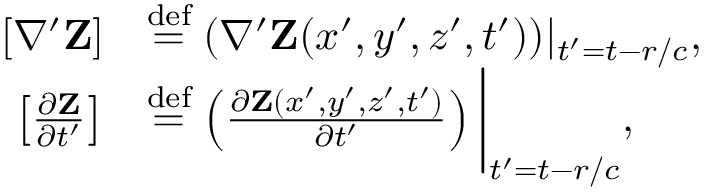
\begin{array} { r l } { [ \nabla ^ { \prime } { \mathbf Z } ] } & { \stackrel { \operatorname { d e f } } { = } ( \nabla ^ { \prime } { \mathbf Z } ( x ^ { \prime } , y ^ { \prime } , z ^ { \prime } , t ^ { \prime } ) ) | _ { t ^ { \prime } = t - r / c } , } \\ { \left[ \frac { \partial { \mathbf Z } } { \partial t ^ { \prime } } \right] } & { \stackrel { \operatorname { d e f } } { = } \left( \frac { \partial { \mathbf Z } ( x ^ { \prime } , y ^ { \prime } , z ^ { \prime } , t ^ { \prime } ) } { \partial t ^ { \prime } } \right) \bigg \rvert _ { t ^ { \prime } = t - r / c } , } \end{array}